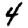
Digit: 4